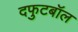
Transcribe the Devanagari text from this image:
दफुटबॉल